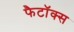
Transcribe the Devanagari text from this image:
फैटॉक्स